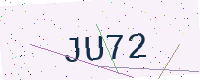
Text: JU72